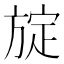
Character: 𪯻